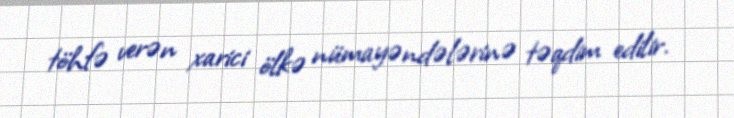
töhfə verən xarici ölkə nümayəndələrinə təqdim edilir.